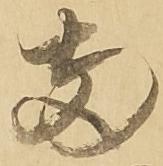
両